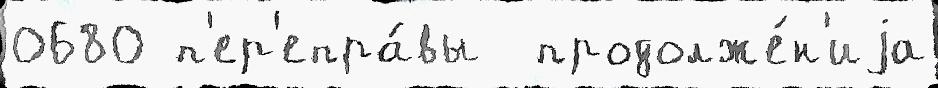
0680 п'ер'епра́вы  продолже́н'иjа